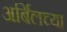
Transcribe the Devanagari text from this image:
अर्बिलच्या